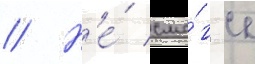
// Н'е́ смо́г ее